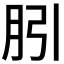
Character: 𭨱